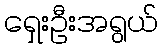
ရှေးဦးအရွယ်